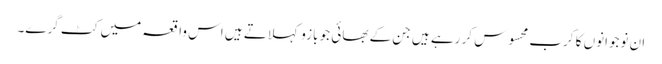
ان نوجوانوں کا کرب محسوس کر رہے ہیں جن کے بھائی جو بازو کہلاتے ہیں اس واقعہ میں کٹ گرے۔